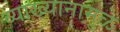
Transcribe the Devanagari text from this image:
व्याख्यानामुळे